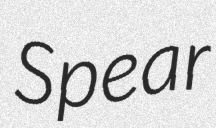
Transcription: Spear